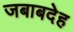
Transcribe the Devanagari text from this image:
जबाबदेह